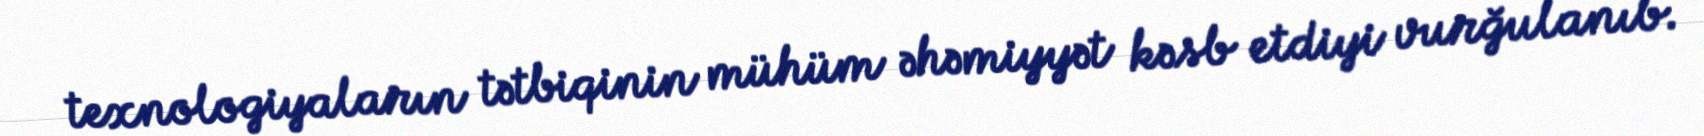
texnologiyaların tətbiqinin mühüm əhəmiyyət kəsb etdiyi vurğulanıb.